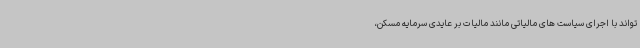
تواند با اجرای سیاست های مالیاتی مانند مالیات بر عایدی سرمایه مسکن،